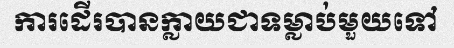
ការដើរបានក្លាយជាទម្លាប់មួយទៅ